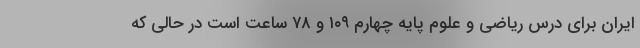
ایران برای درس ریاضی و علوم پایه چهارم ۱۰۹ و ۷۸ ساعت است در حالی که